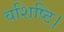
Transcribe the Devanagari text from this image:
वशिष्ठि।